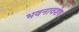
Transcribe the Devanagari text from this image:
भवनावशेष